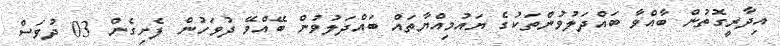
އިދާރީގޮތުން ބާއްވާ ބައްދަލުވުންތަކުގެ ޔައުމިއްޔާތައް ބައްދަލުވުން ބޭއްވޭ ދުވަހުން ފެށިގެން 03 ދުވަސް